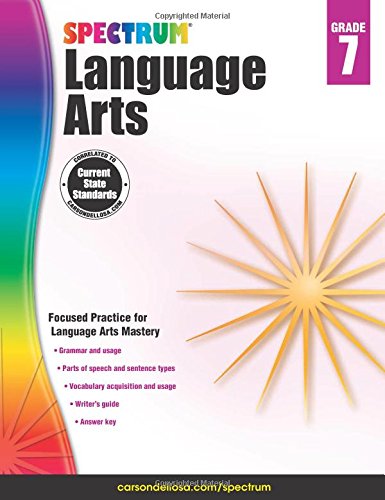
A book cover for Spectrum Language Arts, Grade 7; Teen & Young Adult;